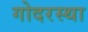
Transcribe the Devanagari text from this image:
गोदरस्था